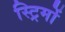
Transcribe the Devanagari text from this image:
स्ट्रिमों